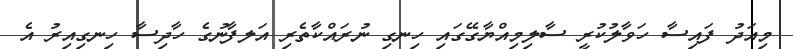
މިއަދު ފައިސާ ހަވާލުކުރީ ސާލިމިއްޔާގޭގައި ހިނގި ނުރައްކާތެރި އަލފާނުގެ ހާދިސާ ހިނގިއިރު އެ